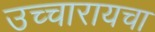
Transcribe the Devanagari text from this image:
उच्चारायचा